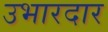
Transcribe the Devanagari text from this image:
उभारदार